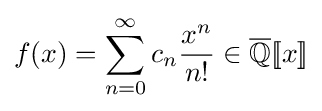
f(x)=\sum _{n=0}^{\infty }c_{n}{\frac {x^{n}}{n!}}\in {\overline {\mathbb {Q} }}[\![x]\!]